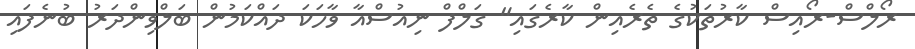
ރޯލްސް-ރޯއިސް ކާރުތަކުގެ ތެރެއިން ކާރެގައި" ގަލްފް ނިއުސްއާ ވާހަކަ ދައްކަމުން ބަލްވިންދަރު ބުނެފައި